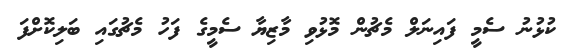
ކުޅުނު ސެމީ ފައިނަލް މެޗުން މޮޅުވި މާޒިޔާ ސެމީގެ ފަހު މެޗުގައި ބަލިކޮށްފަ